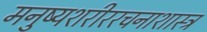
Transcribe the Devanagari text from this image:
मनुष्यशरीररचनाशास्त्र